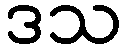
ဒသ